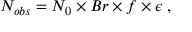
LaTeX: N _ { o b s } = N _ { 0 } \times B r \times f \times \epsilon \; ,